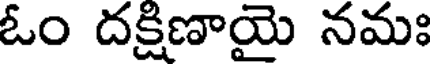
ఓం దక్షిణాయై నమః